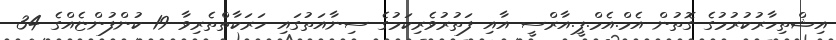
އިޝްތިހާރުކުރުމުގެ ގޮތުން އެމް.އެމް.ޕީ.އާރްސީ އާއި ފަތުރުވެރިކަމުގެ ސިނާއަތުގައި ހަރަކާތްތެރިވާ 19 ކުންފުންޏެއްގެ 34